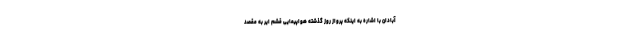
آبادان با اشاره به اینکه پرواز روز گذشته هواپیمایی قشم ایر به مقصد